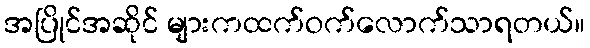
အပြိုင်အဆိုင် များကထက်ဝက်လောက်သာရတယ်။